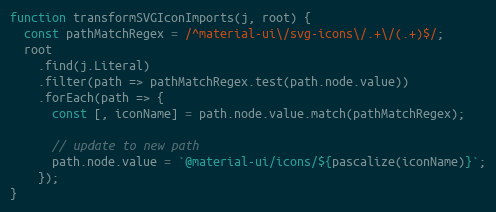
Language: JavaScript
function transformSVGIconImports(j, root) {
  const pathMatchRegex = /^material-ui\/svg-icons\/.+\/(.+)$/;
  root
    .find(j.Literal)
    .filter(path => pathMatchRegex.test(path.node.value))
    .forEach(path => {
      const [, iconName] = path.node.value.match(pathMatchRegex);

      // update to new path
      path.node.value = `@material-ui/icons/${pascalize(iconName)}`;
    });
}